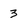
Character: 3